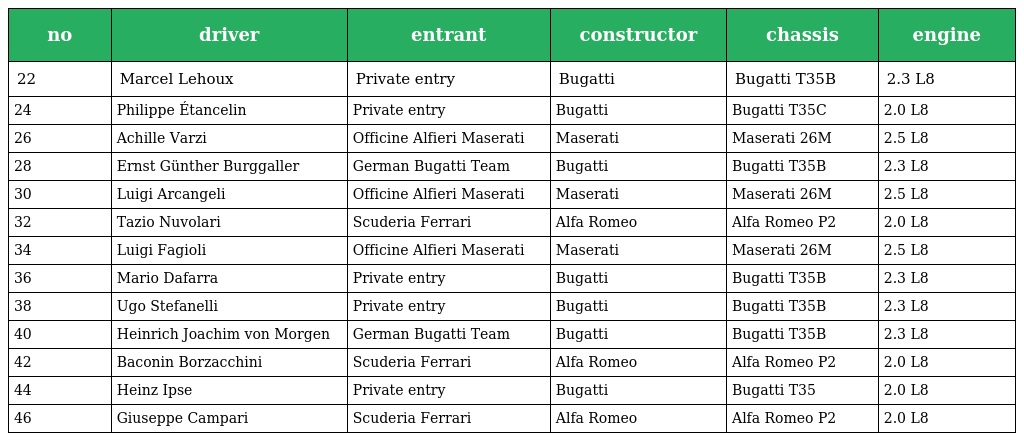
| no | driver | entrant | constructor | chassis | engine |
 | --- | --- | --- | --- | --- | --- |
 | 22 | Marcel Lehoux | Private entry | Bugatti | Bugatti T35B | 2.3 L8 |
 | 24 | Philippe Étancelin | Private entry | Bugatti | Bugatti T35C | 2.0 L8 |
 | 26 | Achille Varzi | Officine Alfieri Maserati | Maserati | Maserati 26M | 2.5 L8 |
 | 28 | Ernst Günther Burggaller | German Bugatti Team | Bugatti | Bugatti T35B | 2.3 L8 |
 | 30 | Luigi Arcangeli | Officine Alfieri Maserati | Maserati | Maserati 26M | 2.5 L8 |
 | 32 | Tazio Nuvolari | Scuderia Ferrari | Alfa Romeo | Alfa Romeo P2 | 2.0 L8 |
 | 34 | Luigi Fagioli | Officine Alfieri Maserati | Maserati | Maserati 26M | 2.5 L8 |
 | 36 | Mario Dafarra | Private entry | Bugatti | Bugatti T35B | 2.3 L8 |
 | 38 | Ugo Stefanelli | Private entry | Bugatti | Bugatti T35B | 2.3 L8 |
 | 40 | Heinrich Joachim von Morgen | German Bugatti Team | Bugatti | Bugatti T35B | 2.3 L8 |
 | 42 | Baconin Borzacchini | Scuderia Ferrari | Alfa Romeo | Alfa Romeo P2 | 2.0 L8 |
 | 44 | Heinz Ipse | Private entry | Bugatti | Bugatti T35 | 2.0 L8 |
 | 46 | Giuseppe Campari | Scuderia Ferrari | Alfa Romeo | Alfa Romeo P2 | 2.0 L8 |